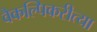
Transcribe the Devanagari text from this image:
वैकल्पिकरीत्या